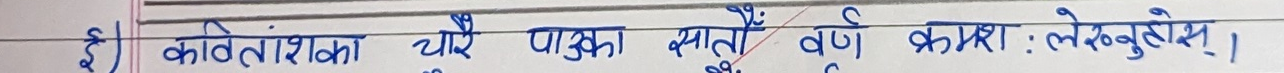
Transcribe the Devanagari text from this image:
१) कवितांशका धारे पाउका सार्से वर्ण क्रम्राः लेख्नुहोसे।